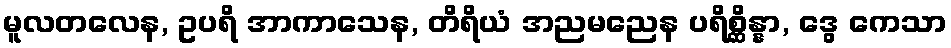
မူလတလေန, ဥပရိ အာကာသေန, တိရိယံ အညမညေန ပရိစ္ဆိန္နာ, ဒွေ ကေသာ